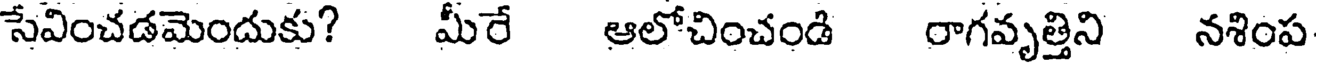
సేవించడమెందుకు? మీరే ఆలోచించండి రాగవృత్తిని నశింప